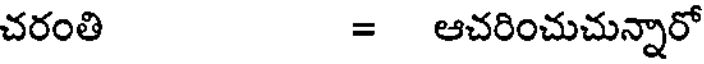
చరంతి = ఆచరించుచున్నారో